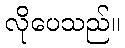
လိုပေသည်။